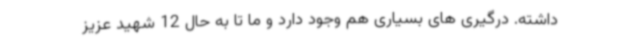
داشته. درگیری های بسیاری هم وجود دارد و ما تا به حال 12 شهید عزیز